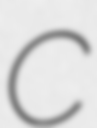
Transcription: C